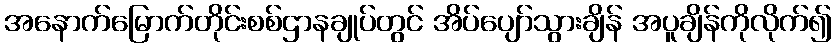
အနောက်မြောက်တိုင်းစစ်ဌာနချုပ်တွင် အိပ်ပျော်သွားချိန် အပူချိန်ကိုလိုက်၍